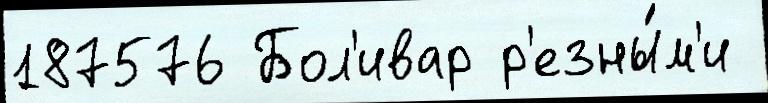
187576 Бол'ивар р'езны́м'и